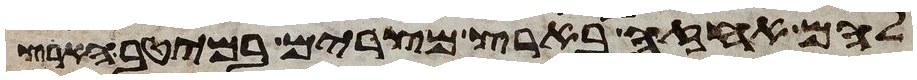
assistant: להם אחזה בארץ מצרים במיטב הארץ